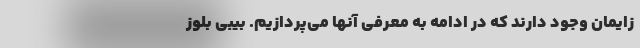
زایمان وجود دارند که در ادامه به معرفی آنها می‌پردازیم. بیبی بلوز